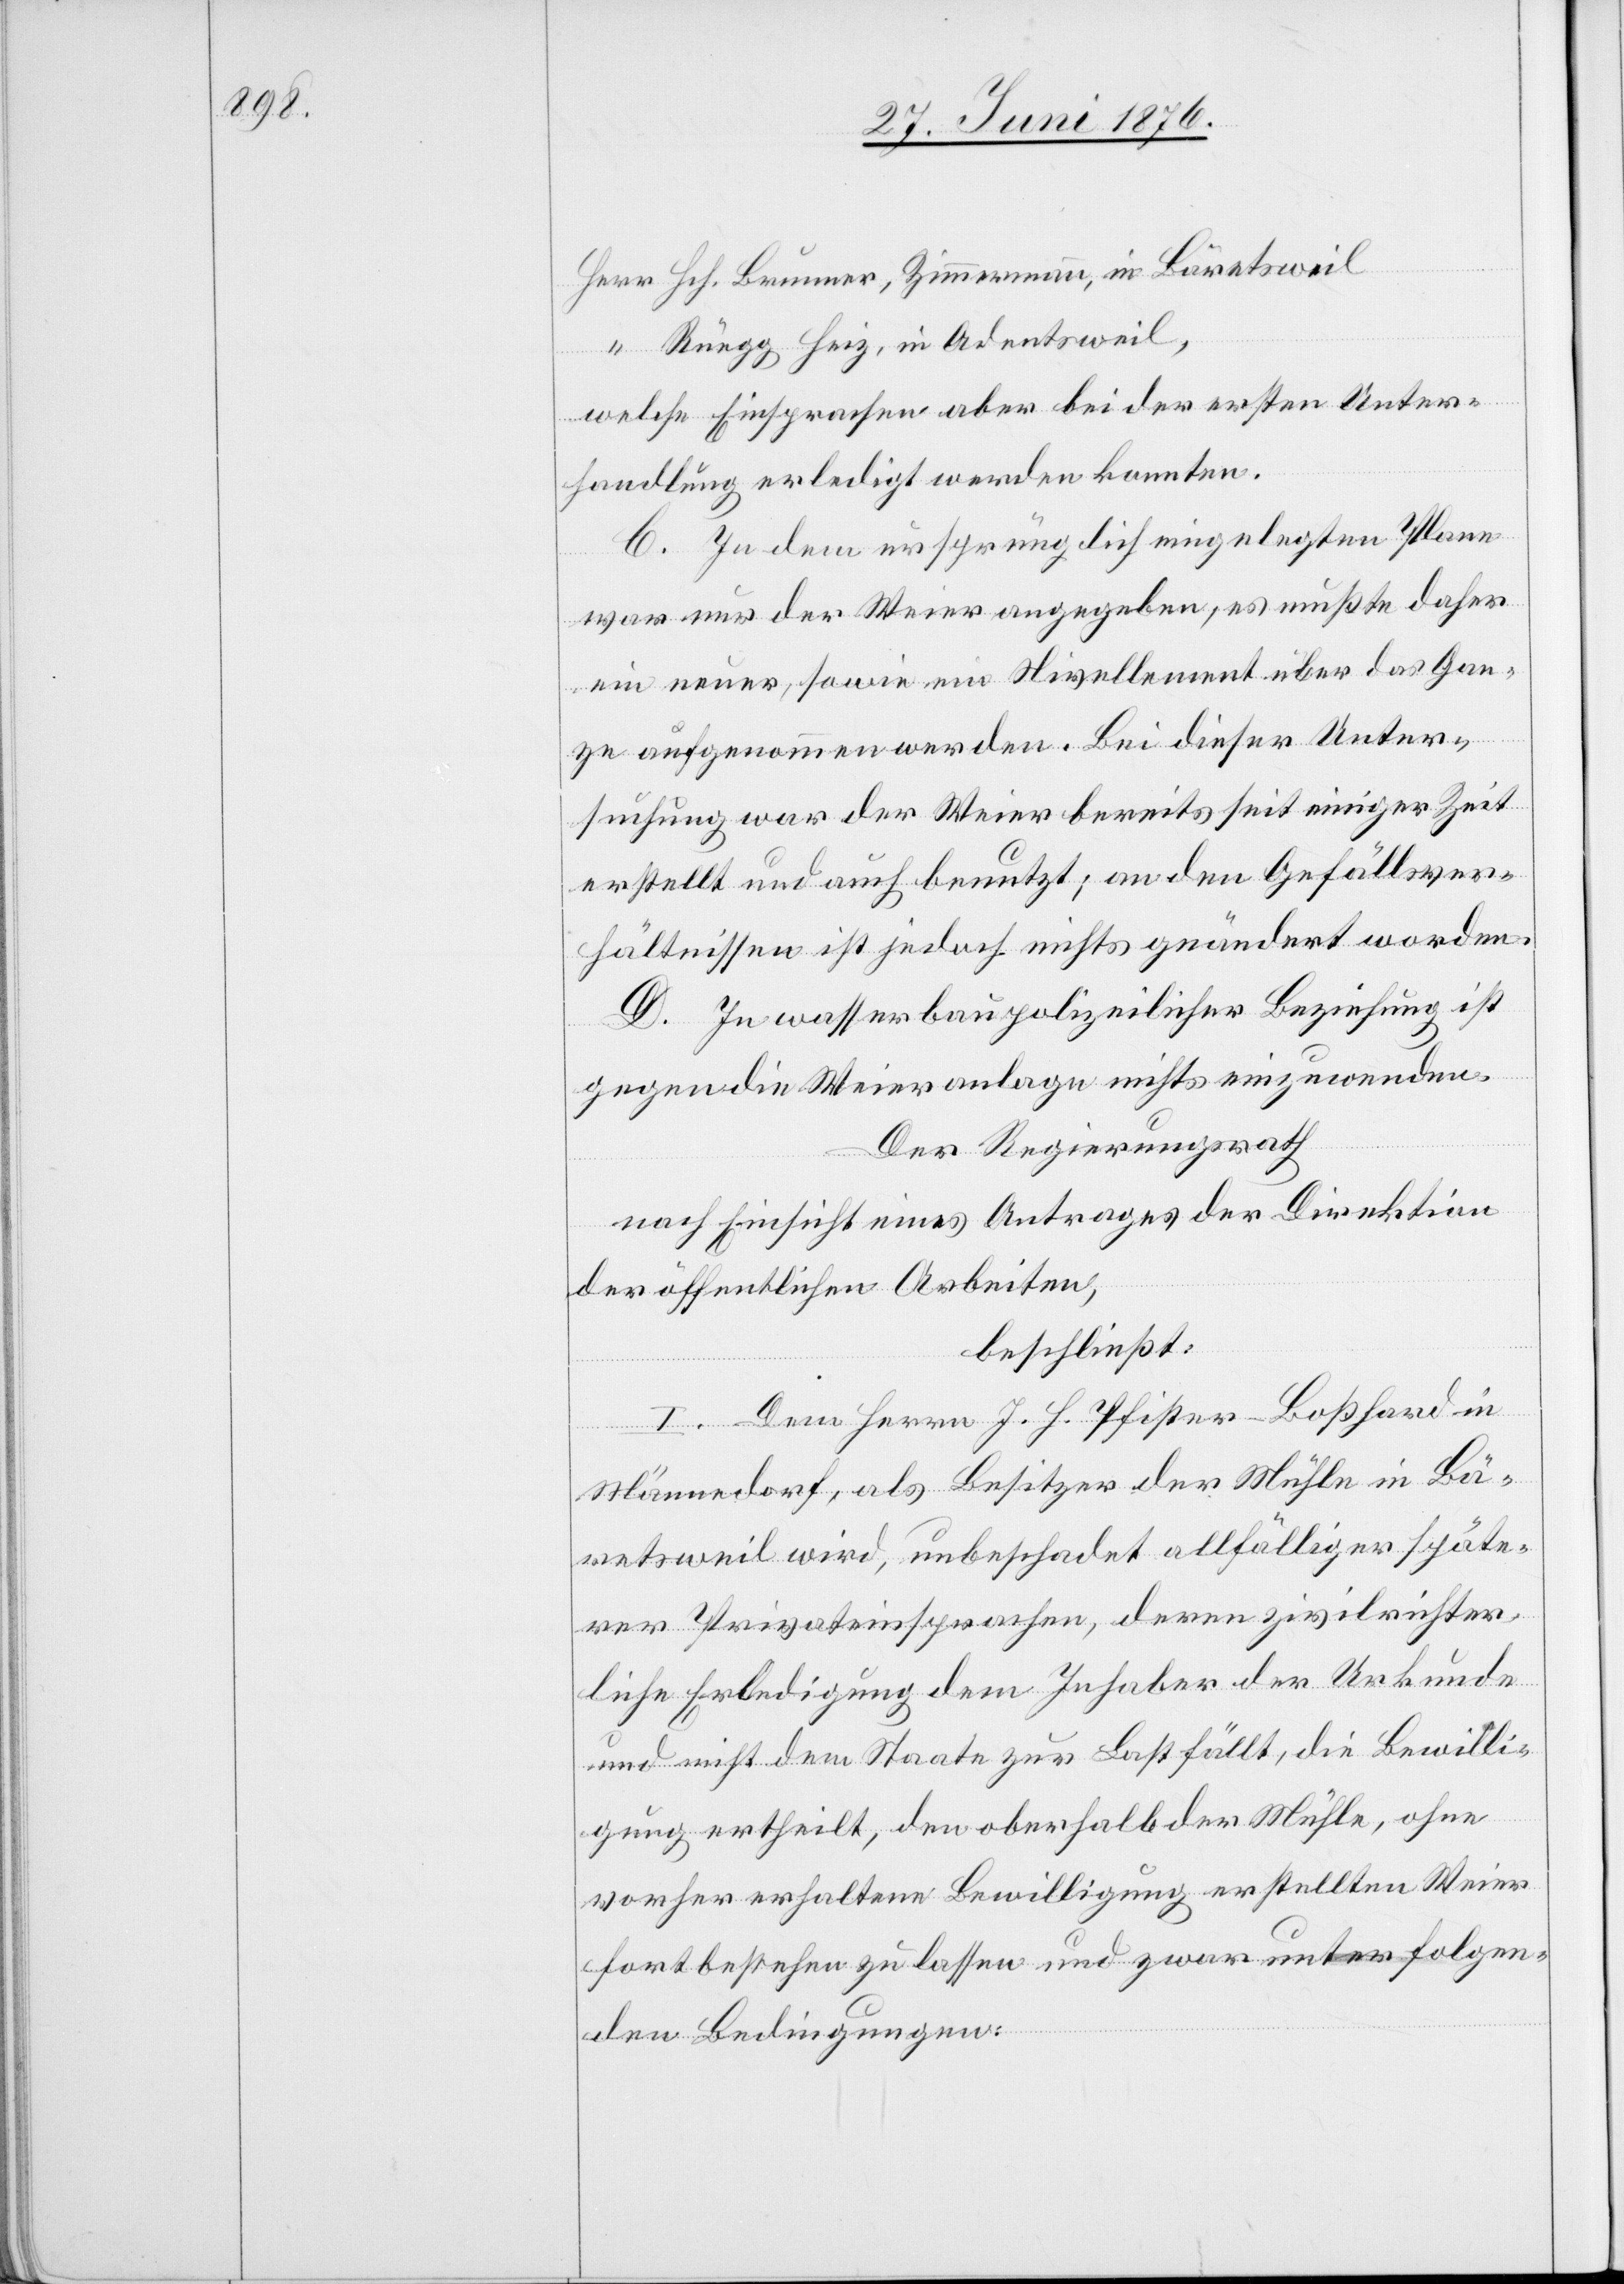
Hch. Brunner, Zimmermann, in Bäretsweil
Rüegg Heiz, in Adentsweil,
welche Einsprachen aber bei der ersten Unter¬
handlung erledigt werden konnten.
C. In dem ursprünglich eingelegten Plane
war nur der Weier angegeben, es mußte daher
ein neuer, sowie ein Nivellement über das Gan¬
ze aufgenommen werden. Bei dieser Unter¬
suchung war der Weier bereits seit einiger Zeit
erstellt und auch benutzt, an demn Gefällsver¬
hältnissen ist jedoch nichts geändert worden.
D. In wasserbaupolizeilicher Beziehung ist
gegen die Weieranlage nichts einzuwenden.
Der Regierungsrath
nach Einsicht eines Antrages der Direktion
der öffentlichen Arbeiten,
beschließt:
I. Dem Herrn J. H. Pfister-Boßhard in
Männedorf, als Besitzer der Mühle in Bä¬
retsweil wird, unbeschadet allfälliger späte¬
rer Privateinsprachen, deren zivilrichter¬
liche Erledigung dem Inhaber der Urkunde
und nicht dem Staate zur Last fällt, die Bewilli¬
gung ertheilt, den oberhalb der Mühle, ohne
vorher erhaltene Bewilligung erstellten Weier
fortbestehen zu lassen und zwar unter folgen¬
den Bedingungen: